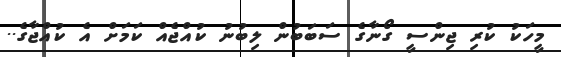
މީހަކު ކުރި ޖިންސީ ގޯނާގެ ސަބަބުން ލިބުނު ކުއްޖެއް ކަމަށް އެ ކުއްޖާގެ..